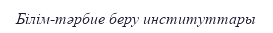
Білім-тәрбие беру институттары